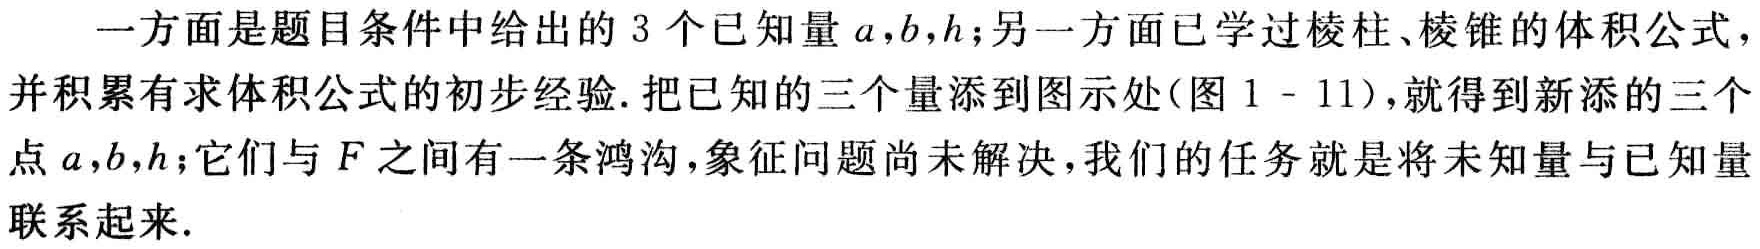
一方面是题目条件中给出的 3 个已知量 \(a,b,h\);另一方面已学过棱柱、棱锥的体积公式，并积累有求体积公式的初步经验. 把已知的三个量添到图示处(图 1 - 11)，就得到新添的三个点 \(a,b,h\);它们与 \(F\) 之间有一条鸿沟，象征问题尚未解决，我们的任务就是将未知量与已知量联系起来.